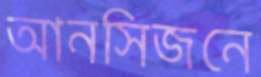
আনসিজনে